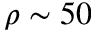
\rho \sim 5 0